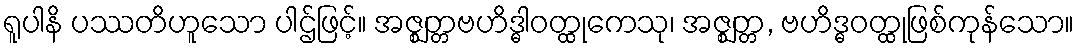
ရူပါနိ ပဿတိဟူသော ပါဌ်ဖြင့်။ အဇ္ဈတ္တဗဟိဒ္ဓါဝတ္ထုကေသု၊ အဇ္ဈတ္တ, ဗဟိဒ္ဓဝတ္ထုဖြစ်ကုန်သော။